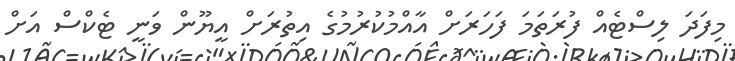
މިފަދަ ލިސްޓެއް ފުރަތަމަ ފަހަރަށް އާއްމުކުރުމުގެ އިތުރަށް އީޔޫން ވަނީ ޓެކްސް އަށް